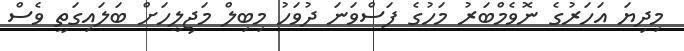
މިދިޔަ އަހަރުގެ ނޮވެމްބަރު މަހުގެ ފަސްވަނަ ދުވަހު މިބިލް މަޖިލީހަށް ބަލައިގަތީ ވެސް